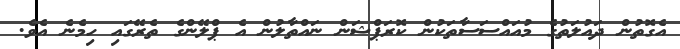
އެގޮތުން ދައުލަތުގެ މުއައްސަސާތަކުން ކޮރަޕްޝަން ނައްތާލުން އެ ޕްލޭންގެ ތެރޭގައި ހިމެނެ އެވެ.